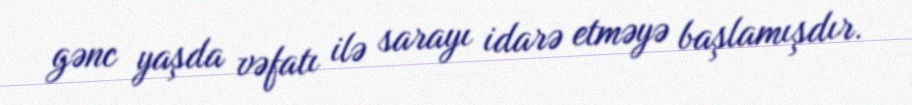
gənc yaşda vəfatı ilə sarayı idarə etməyə başlamışdır.